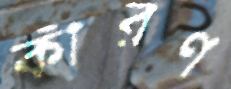
কীরণ